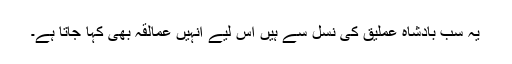
یہ سب بادشاہ عملیق کی نسل سے ہیں اس لیے انہیں عمالقہ بھی کہا جاتا ہے۔